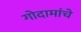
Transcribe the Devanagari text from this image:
गोदामांचे